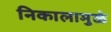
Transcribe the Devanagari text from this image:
निकालामुळे